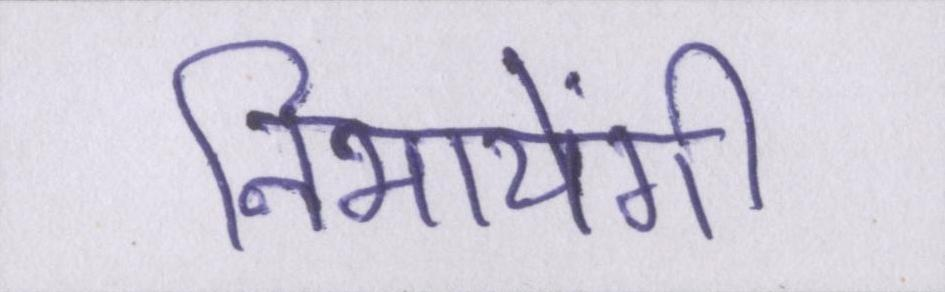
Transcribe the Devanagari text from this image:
निभायेंगी